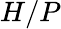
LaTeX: H/P